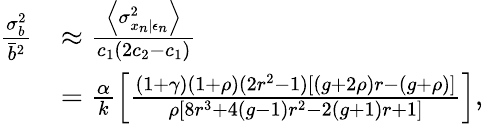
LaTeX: \begin{array}{rl}{\frac{\sigma_{b}^{2}}{\bar{b}^{2}}}&{\approx\frac{\left\langle\sigma_{x_{n}|\epsilon_{n}}^{2}\right\rangle}{c_{1}(2c_{2}-c_{1})}}\\ &{=\frac{\alpha}{k}\left[\frac{(1+\gamma)(1+\rho)(2r^{2}-1)[(g+2\rho)r-(g+\rho)]}{\rho[8r^{3}+4(g-1)r^{2}-2(g+1)r+1]}\right],}\end{array}